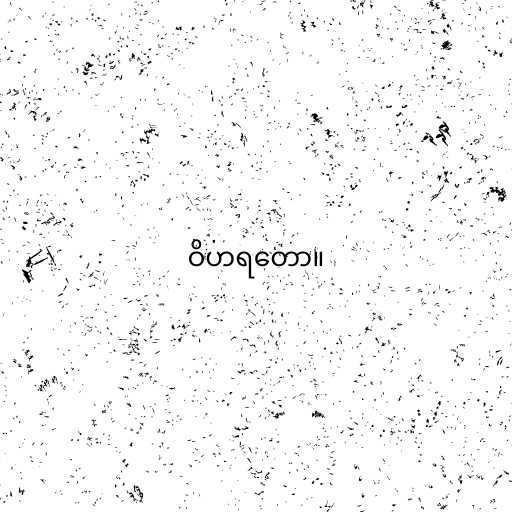
ဝိဟရတော။